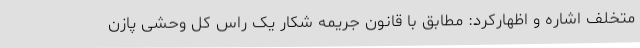
متخلف اشاره و اظهارکرد: مطابق با قانون جریمه شکار یک راس کل وحشی پازن